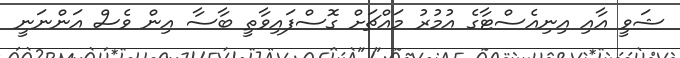
ޝަވީ އާއި އިނިއެސްޓާގެ އުމުރު މައްޗަށް ގޮސްފައިވާތީ ބާސާ އިން ވެސް އަންނަނީ